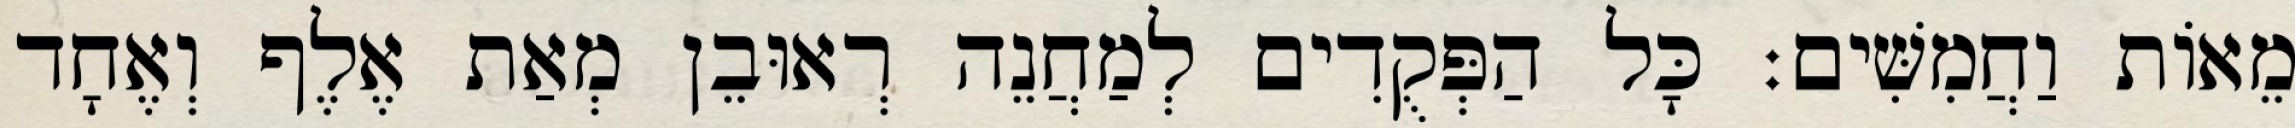
מֵאוֹת וַחֲמִשִּׁים׃ כָּל הַפְּקֻדִים לְמַחֲנֵה רְאוּבֵן מְאַת אֶלֶף וְאֶחָד